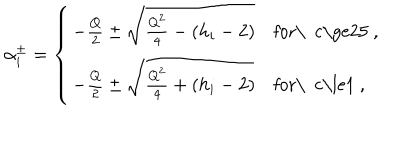
LaTeX: \alpha _ { i } ^ { \pm } = \left\{ \begin{array} { l l } { { - { \frac { Q } { 2 } } \pm { \sqrt { { \frac { Q ^ { 2 } } { 4 } } - ( h _ { i } - 2 ) } } } } & { { \mathrm { f o r \ ~ c \ge 2 5 ~ , } } } \\ { { - { \frac { Q } { 2 } } \pm { \sqrt { { \frac { Q ^ { 2 } } { 4 } } + ( h _ { i } - 2 ) } } } } & { { \mathrm { f o r \ ~ c \le 1 ~ , } } } \\ \end{array} \right.